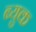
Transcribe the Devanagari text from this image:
ब्युक